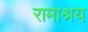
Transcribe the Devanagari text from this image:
रामाश्रय